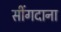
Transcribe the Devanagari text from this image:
सींगदाना